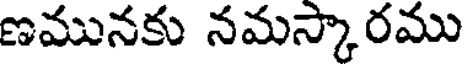
ణమునకు నమస్కారము